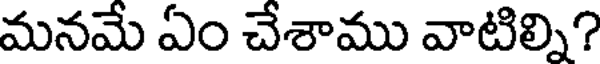
మనమే ఏం చేశాము వాటిల్ని?